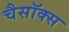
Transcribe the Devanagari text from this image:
चैसॉक्स